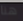
هنا